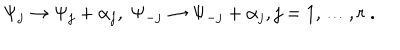
\Psi _ { j } \rightarrow \Psi _ { j } + \alpha _ { j } , \; \Psi _ { - j } \rightarrow \Psi _ { - j } + \alpha _ { j } , j = 1 , \ldots , r \ .